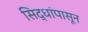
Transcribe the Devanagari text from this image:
सिद्धांपासून